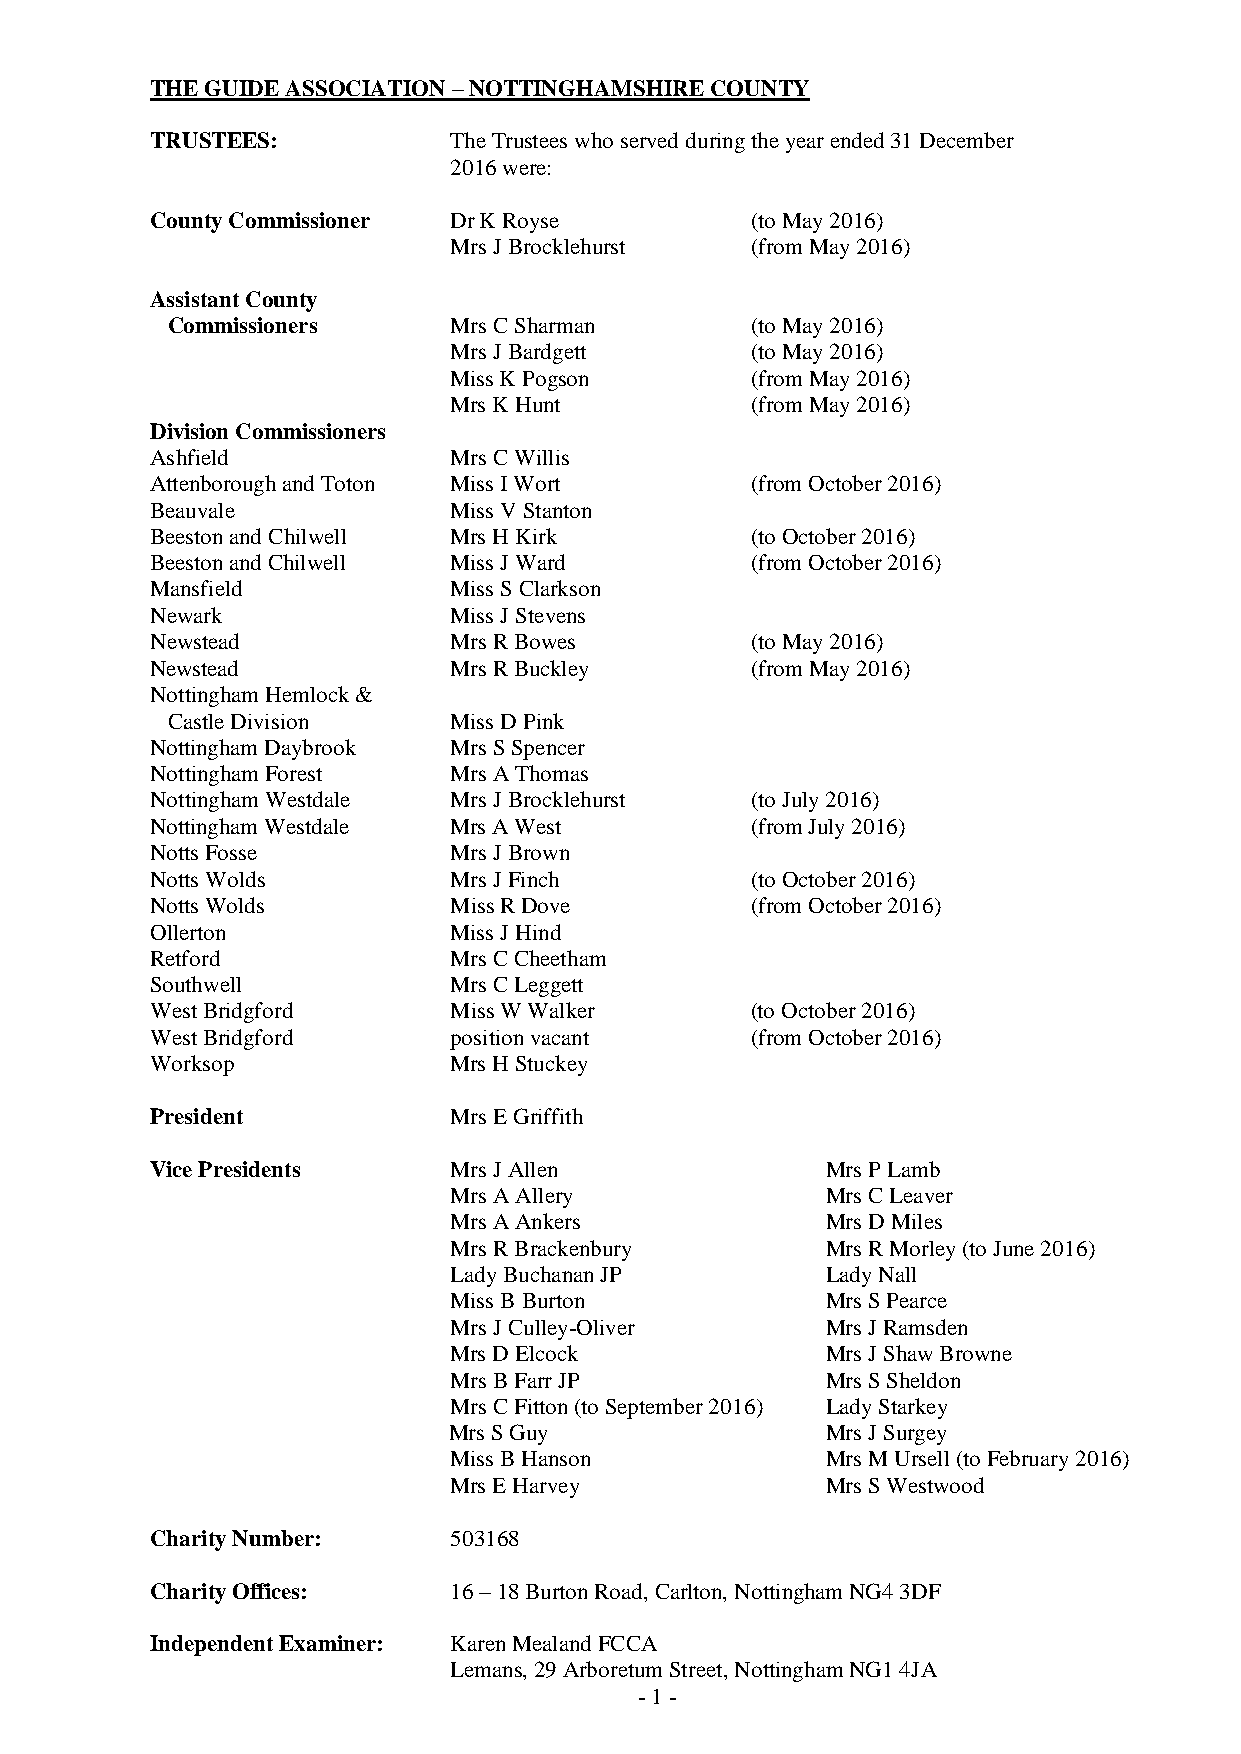
THE GUIDE ASSOCIATION – NOTTINGHAMSHIRE COUNTY
 TRUSTEES:           The Trustees who served during the year ended 31 December
 2016 were:
 County Commissioner Dr K Royse          (to May 2016)
 Mrs J Brocklehurst  (from May 2016)
 Assistant County
 Commissioners      Mrs C Sharman       (to May 2016)
 Mrs J Bardgett      (to May 2016)
 Miss K Pogson       (from May 2016)
 Mrs K Hunt          (from May 2016)
 Division Commissioners
 Ashfield            Mrs C Willis
 Attenborough and Toton Miss I Wort      (from October 2016)
 Beauvale            Miss V Stanton
 Beeston and Chilwell Mrs H Kirk         (to October 2016)
 Beeston and Chilwell Miss J Ward        (from October 2016)
 Mansfield           Miss S Clarkson
 Newark              Miss J Stevens
 Newstead            Mrs R Bowes         (to May 2016)
 Newstead            Mrs R Buckley       (from May 2016)
 Nottingham Hemlock &
 Castle Division    Miss D Pink
 Nottingham Daybrook Mrs S Spencer
 Nottingham Forest   Mrs A Thomas
 Nottingham Westdale Mrs J Brocklehurst  (to July 2016)
 Nottingham Westdale Mrs A West          (from July 2016)
 Notts Fosse         Mrs J Brown
 Notts Wolds         Mrs J Finch         (to October 2016)
 Notts Wolds         Miss R Dove         (from October 2016)
 Ollerton            Miss J Hind
 Retford             Mrs C Cheetham
 Southwell           Mrs C Leggett
 West Bridgford      Miss W Walker       (to October 2016)
 West Bridgford      position vacant     (from October 2016)
 Worksop             Mrs H Stuckey
 President           Mrs E Griffith
 Vice Presidents     Mrs J Allen              Mrs P Lamb
 Mrs A Allery             Mrs C Leaver
 Mrs A Ankers             Mrs D Miles
 Mrs R Brackenbury        Mrs R Morley (to June 2016)
 Lady Buchanan JP         Lady Nall
 Miss B Burton            Mrs S Pearce
 Mrs J Culley-Oliver      Mrs J Ramsden
 Mrs D Elcock             Mrs J Shaw Browne
 Mrs B Farr JP            Mrs S Sheldon
 Mrs C Fitton (to September 2016) Lady Starkey
 Mrs S Guy                Mrs J Surgey
 Miss B Hanson            Mrs M Ursell (to February 2016)
 Mrs E Harvey             Mrs S Westwood
 Charity Number:     503168
 Charity Offices:    16 – 18 Burton Road, Carlton, Nottingham NG4 3DF
 Independent Examiner: Karen Mealand FCCA
 Lemans, 29 Arboretum Street, Nottingham NG1 4JA
 - 1 -